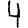
Digit: 4